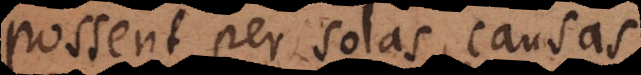
ssent per solas causas